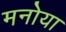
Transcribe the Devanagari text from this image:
मनोया